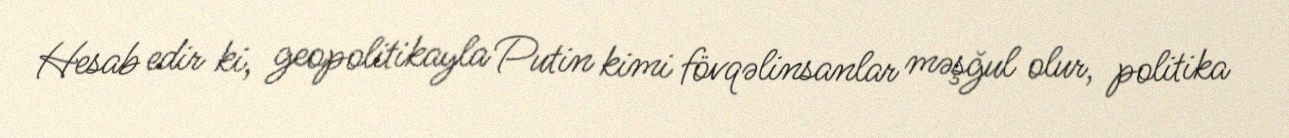
Hesab edir ki, geopolitikayla Putin kimi fövqəlinsanlar məşğul olur, politika